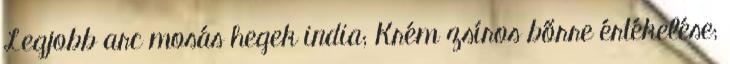
Legjobb arc mosás hegek india; Krém zsíros bőrre értékelése;